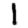
Digit: 1